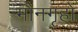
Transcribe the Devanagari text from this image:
मौनगृहों